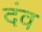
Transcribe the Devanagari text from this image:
दंव